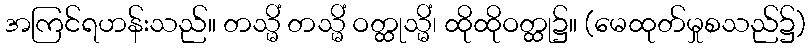
အကြင်ရဟန်းသည်။ တသ္မိံ တသ္မိံ ဝတ္ထုသ္မိံ၊ ထိုထိုဝတ္ထု၌။ (မေထုတ်မှုစသည်၌)